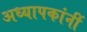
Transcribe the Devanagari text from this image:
अध्यापकांनीं